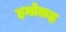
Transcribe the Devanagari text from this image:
हमोकह